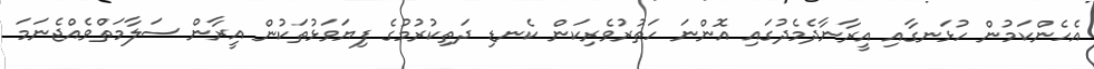
އެހެންކަމުން ހުޅަނގާއި އީރާނާދެމެދުގައި އޮންނަ ހަތުރުވެރިކަން ކެނޑި ދަތިކުރުމުގެ ފިޔަވަޅުތަކުން އީރާން ސަލާމަތްވެއްޖެނަމަ